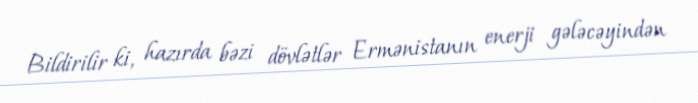
Bildirilir ki, hazırda bəzi dövlətlər Ermənistanın enerji gələcəyindən